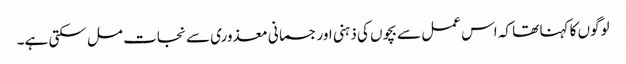
لوگوں کا کہنا تھا کہ اس عمل سے بچوں کی ذہنی اور جسمانی معذوری سے نجات مل سکتی ہے۔